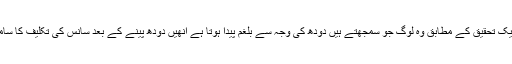
لیکن ایک تحقیق کے مطابق وہ لوگ جو سمجھتے ہیں دودھ کی وجہ سے بلغم پیدا ہوتا ہے انھیں دودھ پینے کے بعد سانس کی تکلیف کا سامنا ہوا۔